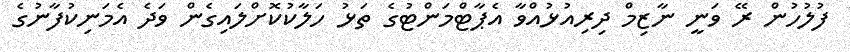
ފުލުހުން ރޭ ވަނީ ނާޒިމް ދިރިއުޅުއްވާ އެޕާޓްމަންޓުގެ ތަޅު ހަލާކުކޮށްލައިގެން ވަދެ އެމަނިކުފާނުގެ